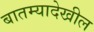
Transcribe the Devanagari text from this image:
बातम्यादेखील